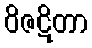
ဝိဇဋိတာ